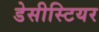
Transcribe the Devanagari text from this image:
डेसीस्टियर